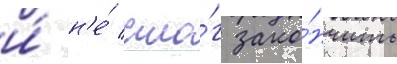
и́ н'е́ смо́г зако́нчить